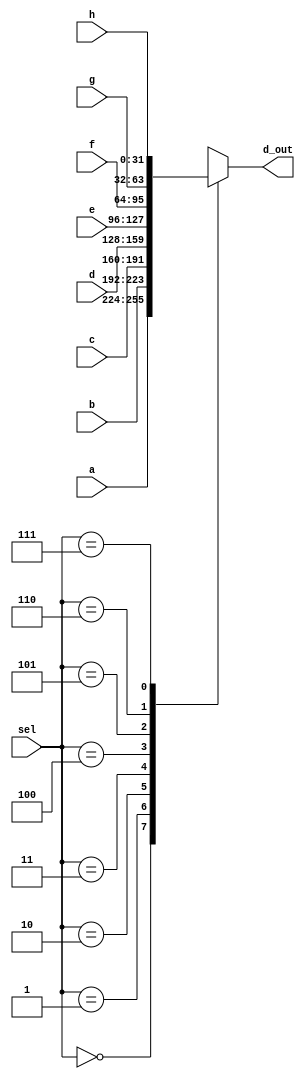
module _8_to_1_MUX(a, b, c, d, e, f, g, h, sel, d_out); // 8 to 1 Mux
input	[31:0] a, b, c, d, e, f, g, h; 
input [2:0] sel; // select signal
output reg [31:0] d_out; // 32-bit output d_out
	
always @ (sel, a, b, c, d, e, f, g, h)
	begin
		case(sel)
			3'b000 : d_out = a;
			3'b001 : d_out = b;
			3'b010 : d_out = c;
			3'b011 : d_out = d;
			3'b100 : d_out = e;
			3'b101 : d_out = f;
			3'b110 : d_out = g;
			3'b111 : d_out = h;
			default : d_out = 32'bx;
		endcase
	end
endmodule

module read_operation(Addr, Data, from_reg0, from_reg1, from_reg2, from_reg3, from_reg4, from_reg5, from_reg6, from_reg7); // read operation 
input [31:0] from_reg0, from_reg1, from_reg2, from_reg3, from_reg4, from_reg5, from_reg6, from_reg7;
input [2:0] Addr; // select signal
output [31:0] Data; 

// instance 8 to 1 Mux
_8_to_1_MUX U0_8_to_1_MUX(.a(from_reg0), .b(from_reg1), .c(from_reg2), .d(from_reg3), .e(from_reg4), .f(from_reg5), .g(from_reg6), .h(from_reg7), .sel(Addr), .d_out(Data));
	
	
endmodule